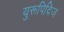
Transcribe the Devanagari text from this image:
युरूपिदिज